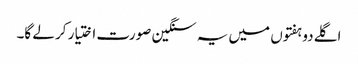
اگلے دو ہفتوں میں یہ سنگین صورت اختیار کر لے گا۔